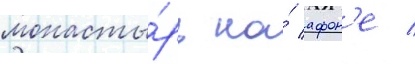
монасты́рь на́ афон'е /